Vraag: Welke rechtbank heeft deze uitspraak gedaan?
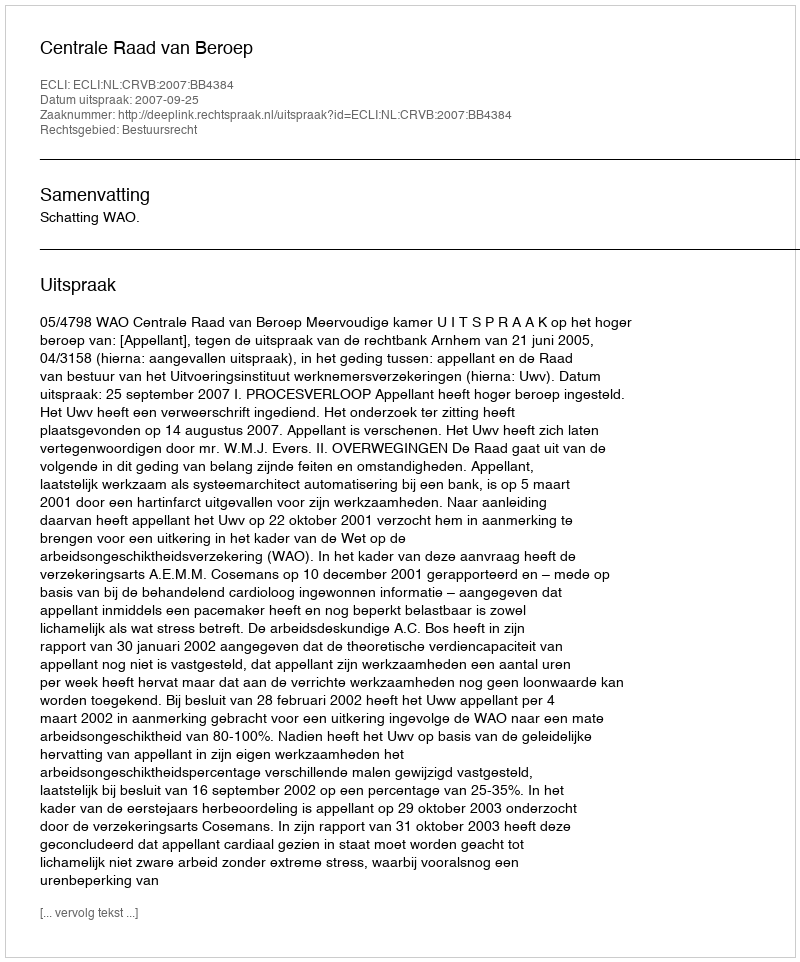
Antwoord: Centrale Raad van Beroep